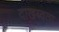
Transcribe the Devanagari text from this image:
दाखब्वता